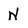
Character: N